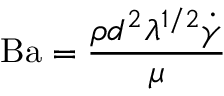
\mathrm { B a } = { \frac { \rho d ^ { 2 } \lambda ^ { 1 / 2 } { \dot { \gamma } } } { \mu } }